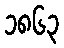
၁၈၆၃